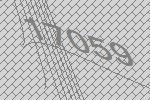
17059